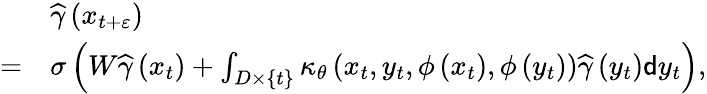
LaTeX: \begin{array}{rl}&{\widehat{\gamma}\left(x_{t+\varepsilon}\right)}\\ {=}&{\sigma\left(W\widehat{\gamma}\left(x_{t}\right)+\int_{D\times\{ t\} }\kappa_{\theta}\left(x_{t},y_{t},\phi\left(x_{t}\right),\phi\left(y_{t}\right)\right)\widehat{\gamma}\left(y_{t}\right)\mathsf{d}y_{t}\right),}\end{array}